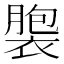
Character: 褜